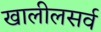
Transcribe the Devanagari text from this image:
खालीलसर्व